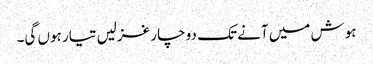
ہوش میں آنے تک دو چار غزلیں تیار ہوں گی۔